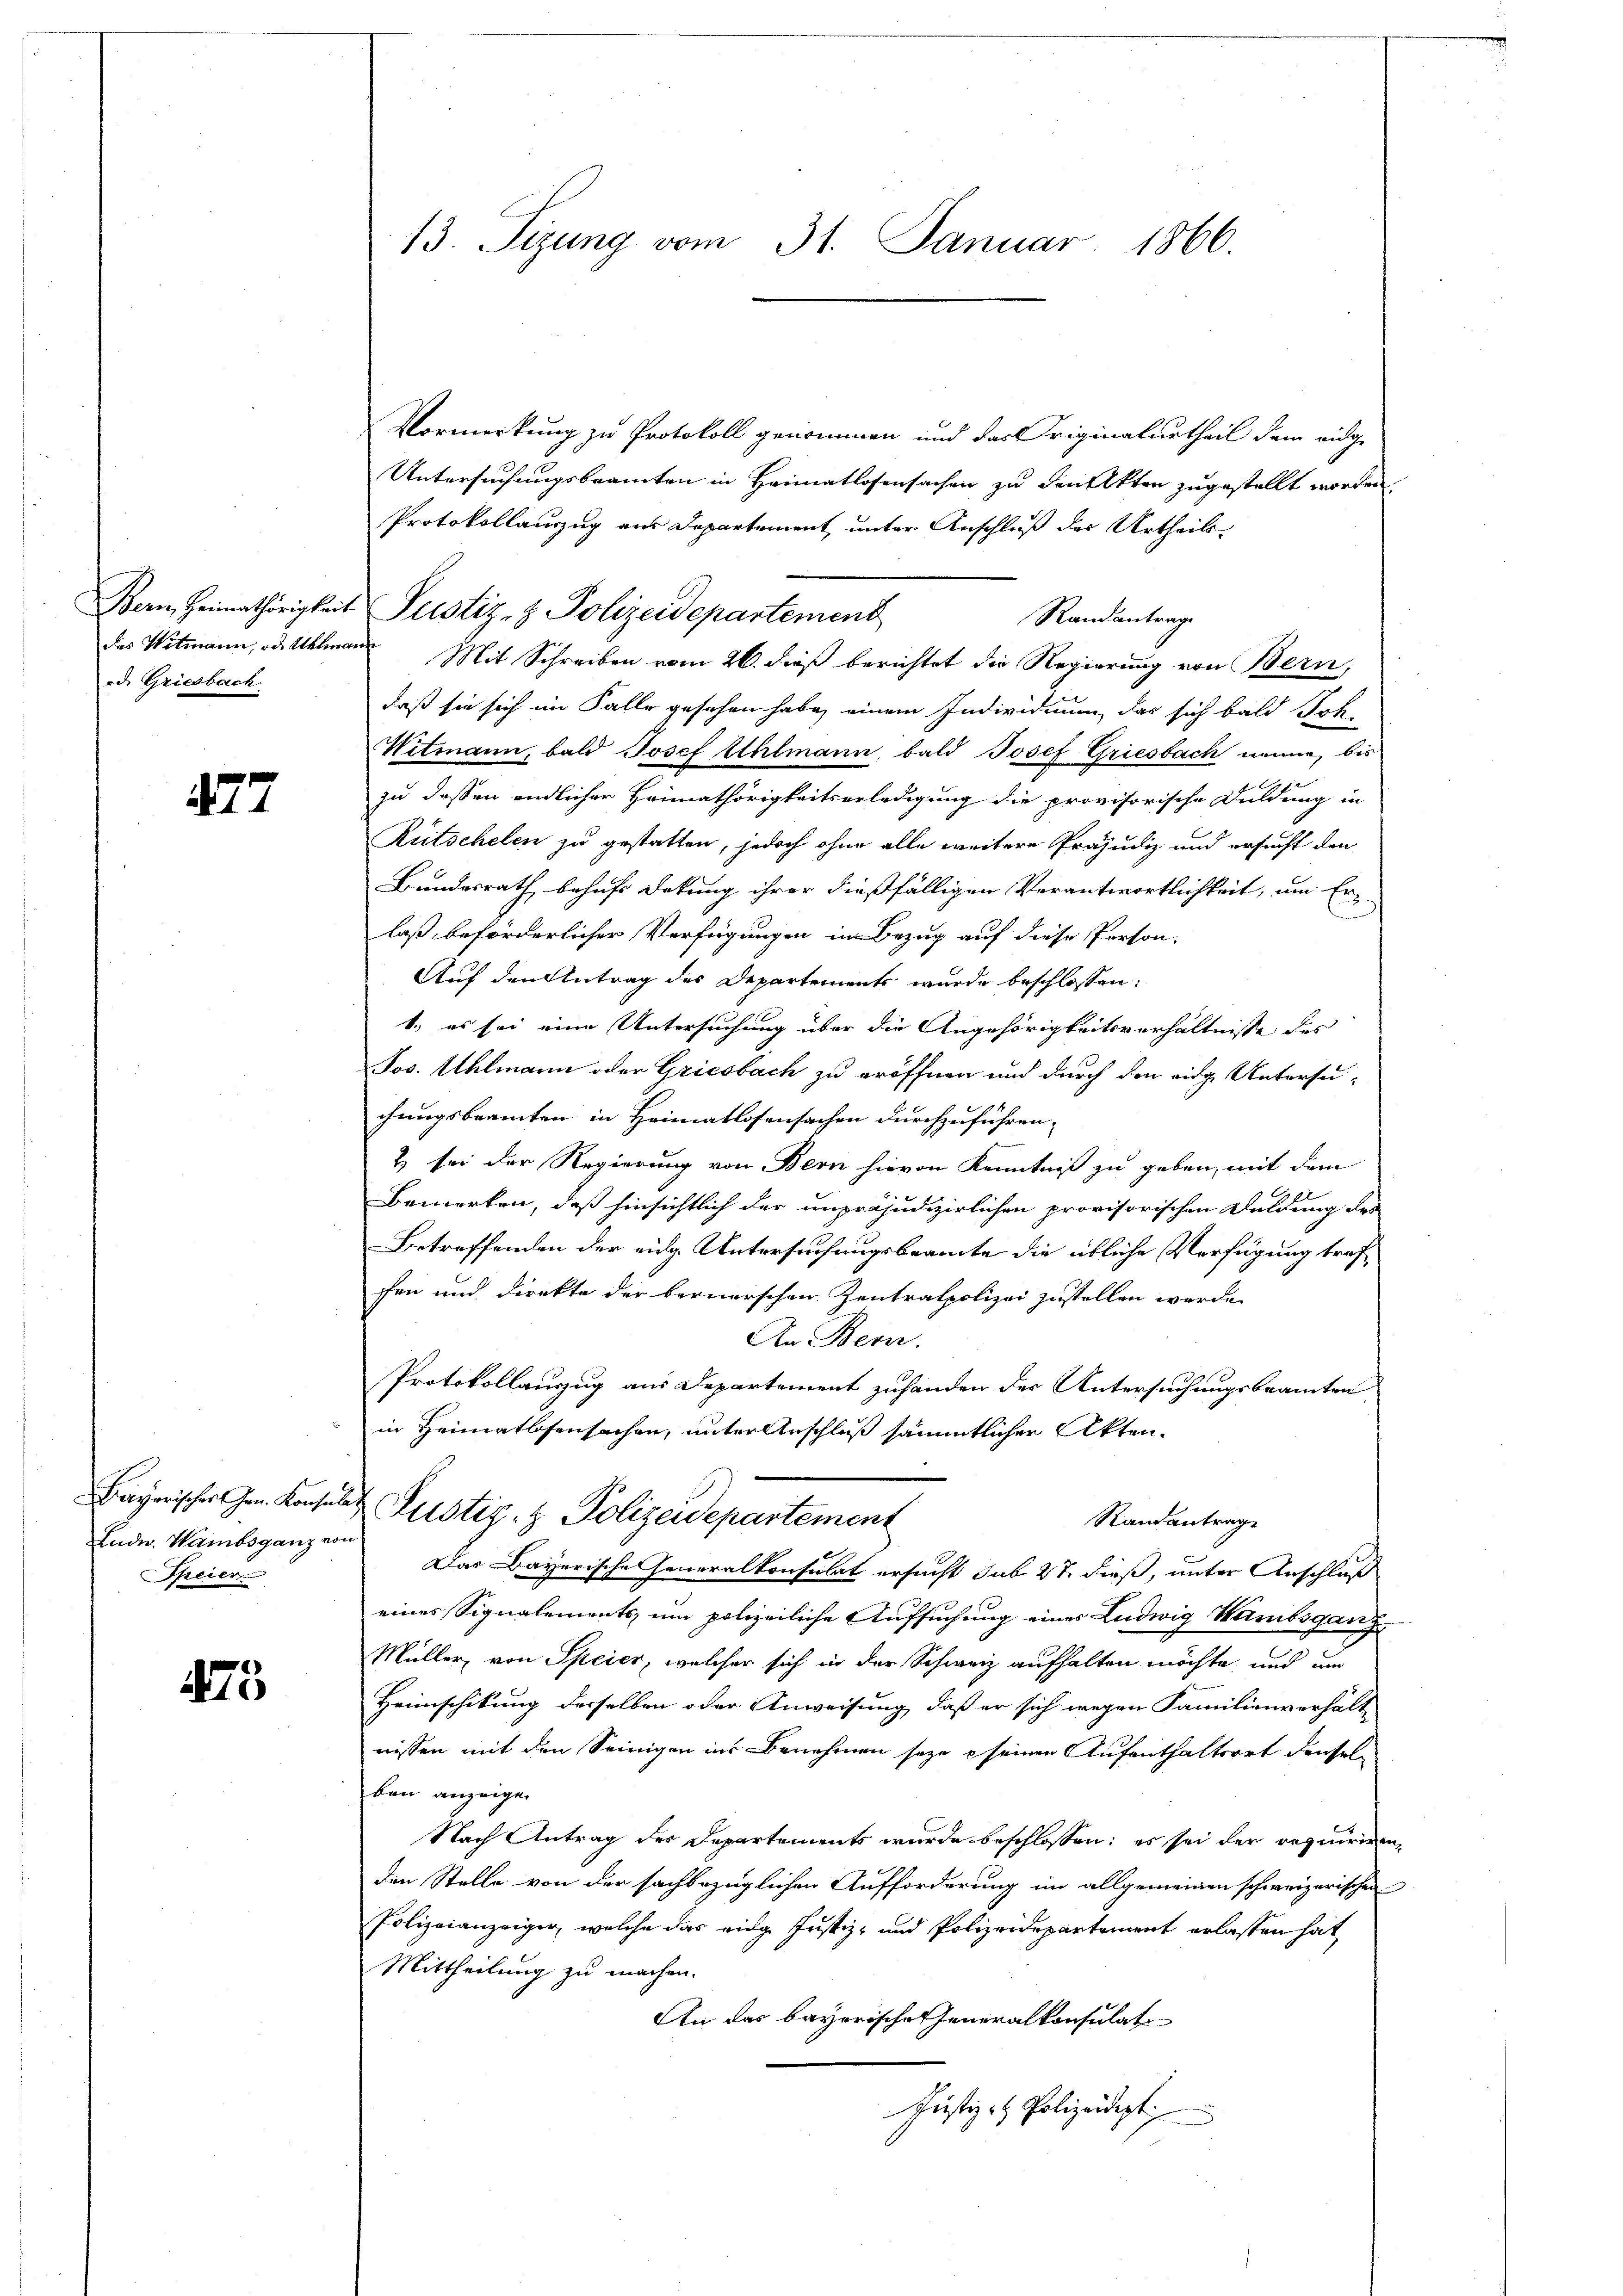
des Witmann, oder Uhlmann
ode Griesbach.

77

Ludw. Hambsganz vor
Speier

475

Vormerkung zu Protokoll genommen und das Originalurtheil dem eidge
Untersuchungsbeamten in Heimatlosensachen zu den Akten zugestellt worden.
Protokollauszug aus Departement unter Anschluß des Urtheils
Randantrage
Mit Schreiben vom 26. dieß berichtet die Regierung von Bern,
daß sie sich im Falle gesehen habe, einem Individuum, das sich bald Joh.
Witmann, bald Josef Uhlmann, bald Josef Griesbach nenne, bis
zu dessen endlicher Heimathörigkeitserledigung die provisorische Duldung in
Rutschelen zu gestatten, jedoch ohne alle weitere Präjudiz und ersucht den
Bundesrath behufs Dekung ihrer dießfälligen Verantwortlichkeit, um Er
laß beförderlicher Verfügungen in Bezug auf diese Person.
Auf den Antrag des Departements wurde beschlossen:
1., es sei eine Untersuchung über die Angehörigkeitsverhältnisse des
Jos. Uhlmann oder Griesbach zu eröffnen und durch den eidg. Untersuchungsbeamten in Heimatlosensachen durchzuführen,
2
& sei der Regierung von Bern hievon Kenntniß zu geben, mit dem
Bemerken, daß hinsichtlich der unpräjudizierlichen provisorischen Duldung der
Betreffenden der eidg. Untersuchungsbeamte die übliche Verfügung traffen und direkte der bernerschen Zentralpolizei zustellen werde.
An Bern.
Protokollauszug aus Departement zuhanden der Untersuchungsbeamten
in Heimatlosensachen, unter Anschluß sämmtlicher Akten.
Bayerischer Gen. Konsolet Justiz- & Polizeidepartement
Randantrag
e
Das Bayerische Generalkonsulat ersucht sub 27 dieß, unter Anschluß
eines Signalements um polizeiliche Aufsuchung eines Ludwig Wambsganz
Müller, von Speier, welcher sich in der Schweiz aufhalten möchte, und um
Heimschikung desselben oder Anweisung, daß er sich wegen Familienverhält-
wissen mit den Seinigen ins Benehmen seye e seinen Aufenthaltsort densel
ben anzeigen
Nach Antrag des Departements wurde beschlossen; es sei der requiriren
den Stelle von der sachbezüglichen Aufforderung im allgemeinen schweizerischen
Polizeianzeiger, welche das eidge Justiz- und Polizeidepartement erlassen hat
Mittheilung zu machen.
An das bayerische Generalkonsulat
Justiz- & Polizeidigt

13. Sizung vom 31. Januar 1866.

Bern Heimathörigkeit Pustiz- & Polizeidepartement